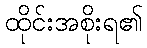
ထိုင်းအစိုးရ၏